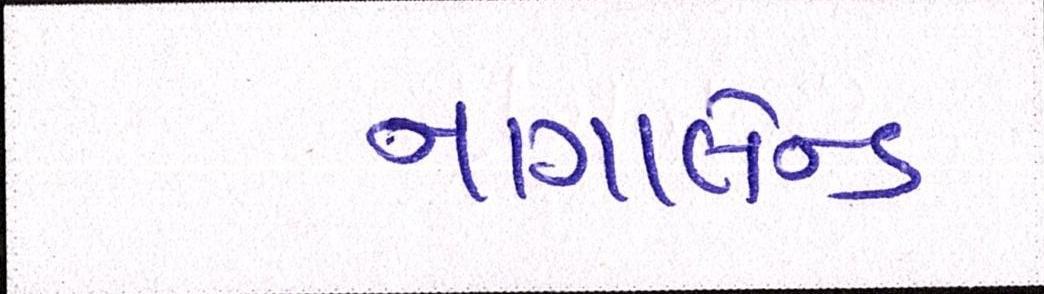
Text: નાગાલેન્ડ